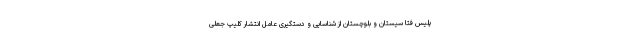
پلیس فتا سیستان و بلوچستان از شناسایی و دستگیری عامل انتشار کلیپ جعلی